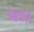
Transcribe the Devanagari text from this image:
अहवालः